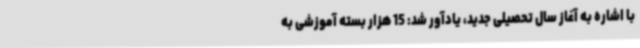
با اشاره به آغاز سال تحصیلی جدید، یادآور شد: 15 هزار بسته آموزشی به